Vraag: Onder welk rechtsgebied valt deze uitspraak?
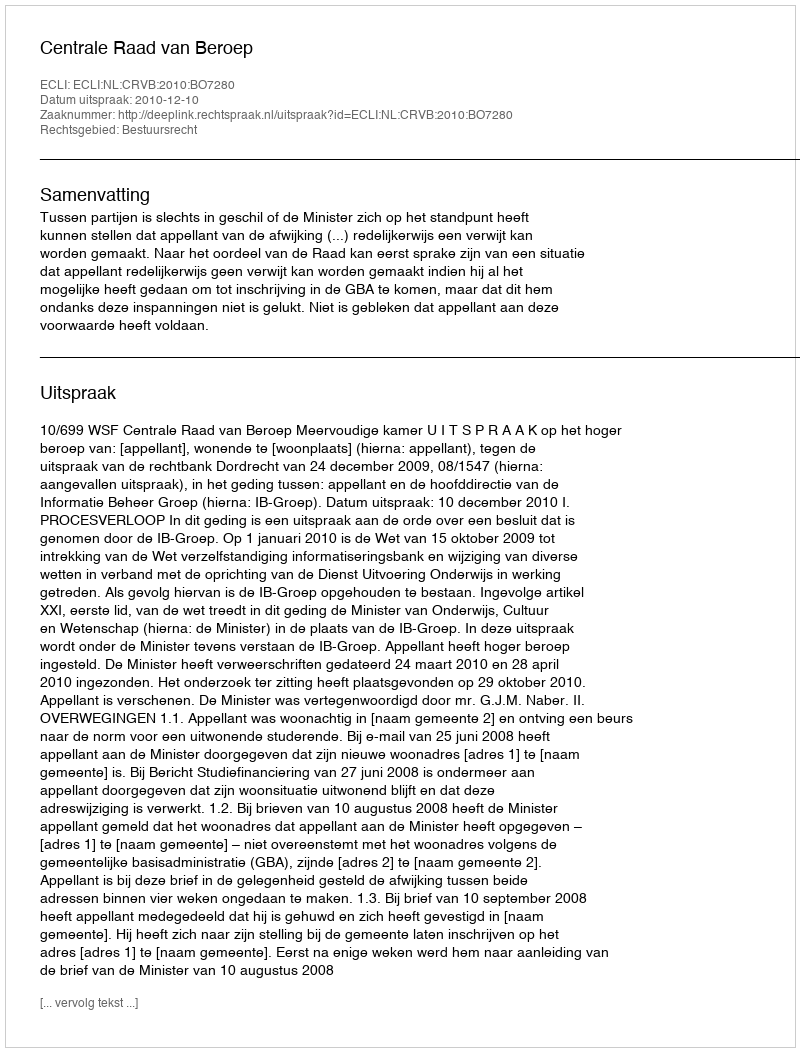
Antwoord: Bestuursrecht